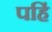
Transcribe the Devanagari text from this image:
पहिं